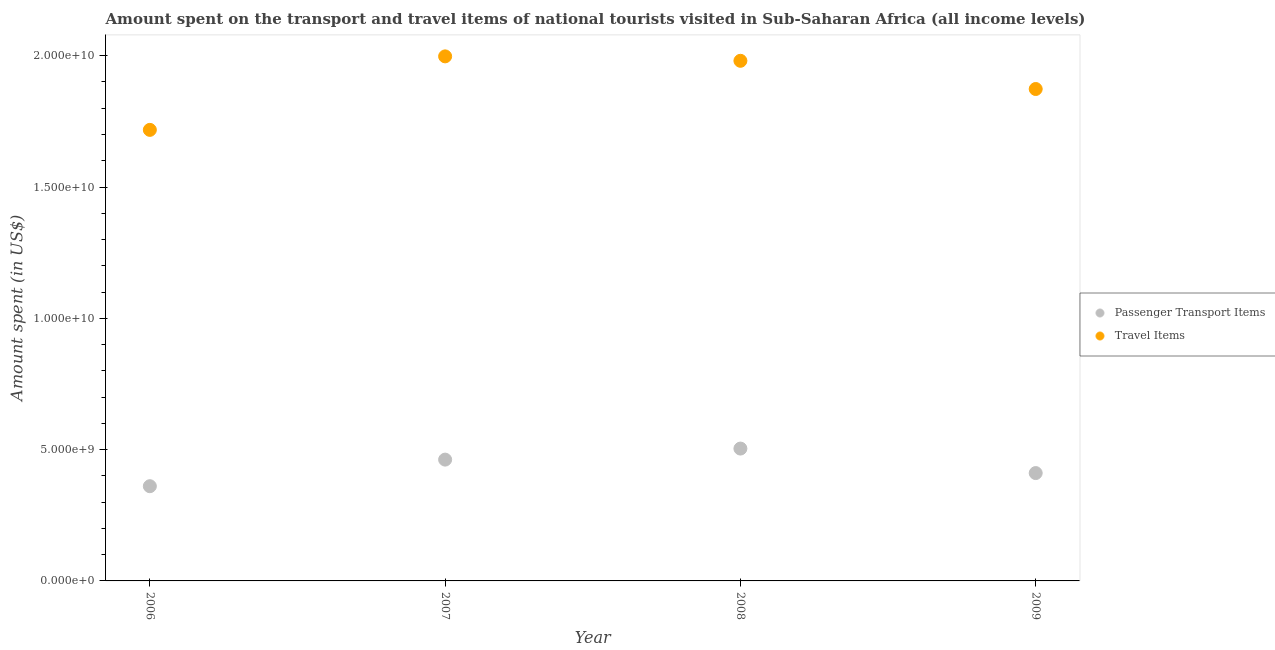
| Year | Passenger Transport Items | Travel Items |
 | --- | --- | --- |
 | 2006 | 3.61e+09 | 1.72e+10 |
 | 2007 | 4.62e+09 | 2e+10 |
 | 2008 | 5.04e+09 | 1.98e+10 |
 | 2009 | 4.11e+09 | 1.87e+10 |